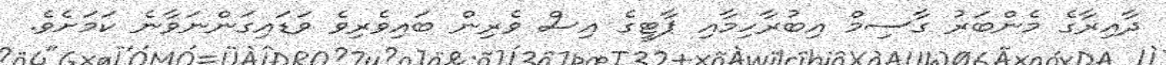
ދާއިރާގެ މެންބަރު ގާސިމް އިބުރާހިމާއި ޕާޓީގެ އިސް ވެރިން ބައިވެރިވެ ވަޑައިގަންނަވާނެ ކަމަށެވެ.